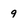
Character: 9